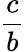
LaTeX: \frac{c}{b}